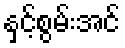
နှင့်စွမ်းအင်